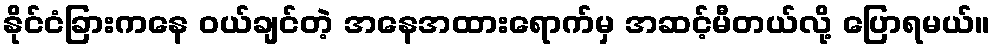
နိုင်ငံခြားကနေ ဝယ်ချင်တဲ့ အနေအထားရောက်မှ အဆင့်မီတယ်လို့ ပြောရမယ်။